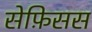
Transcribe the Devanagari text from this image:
सेफ़िसस